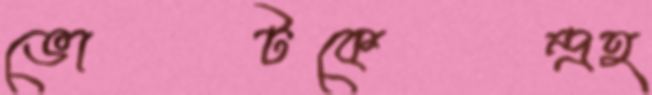
ভোটকেন্দ্রহ